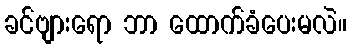
ခင်ဗျားရော ဘာ ထောက်ခံပေးမလဲ။